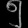
Digit: ၅